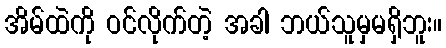
အိမ်ထဲကို ဝင်လိုက်တဲ့ အခါ ဘယ်သူမှမရှိဘူး။